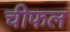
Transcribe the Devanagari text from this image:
चीफल